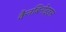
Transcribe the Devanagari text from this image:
कैनबिनोइड्स